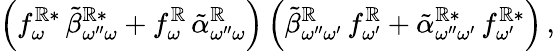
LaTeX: \left(f_{\omega}^{\mathbb{R}*}\, \tilde{{\beta}}_{\omega^{\prime\prime}\omega}^{\mathbb{R}*}+f_{\omega}^{\mathbb{R}}\, \tilde{{\alpha}}_{\omega^{\prime\prime}\omega}^{\mathbb{R}}\right)\left(\tilde{{\beta}}_{\omega^{\prime\prime}\omega^{\prime}}^{\mathbb{R}}\, f_{\omega^{\prime}}^{\mathbb{R}}+\tilde{{\alpha}}_{\omega^{\prime\prime}\omega^{\prime}}^{\mathbb{R}*}\, f_{\omega^{\prime}}^{\mathbb{R}*}\right)\, ,